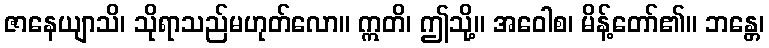
ဇာနေယျာသိ၊ သိုရာသည်မဟုတ်လော။ ဣတိ၊ ဤသို့။ အဝေါစ၊ မိန့်တော်၏။ ဘန္တေ၊